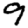
Digit: 9